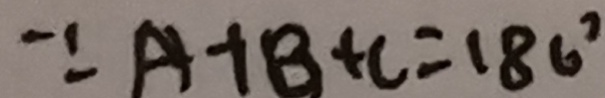
\because A + B + C = 1 8 0 ^ { \circ }